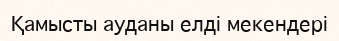
Қамысты ауданы елді мекендері